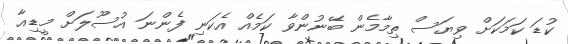
ކުޑަ ކަމަކަށް ވިޔަސް ތިމާމެން ބޭނުންވާ ކަމެއް އެކަނި ފެންނަ އުސޫލަށް މީޑިއާ